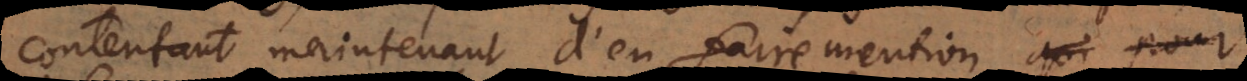
contentant maintenant d’en faire mention,